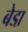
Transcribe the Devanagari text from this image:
बेडा़